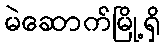
မဲဆောက်မြို့ရှိ